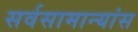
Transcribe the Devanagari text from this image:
सर्वसामान्यांस